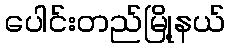
ပေါင်းတည်မြို့နယ်